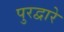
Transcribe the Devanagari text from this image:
पुरद्वारे